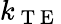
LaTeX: k_{\mathrm{~T~E~}}